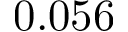
0 . 0 5 6